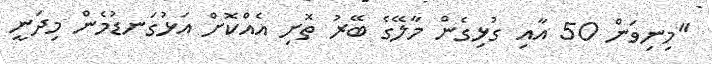
"މިނިވަން 50 އާއި ގުޅިގެން މާލޭގެ ބޭރު ތޮށި އެއްކޮށް އަޅުގަނޑުމެން މިދަނީ